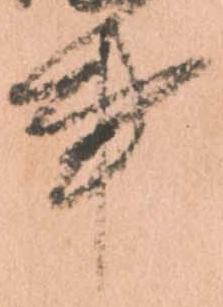
事